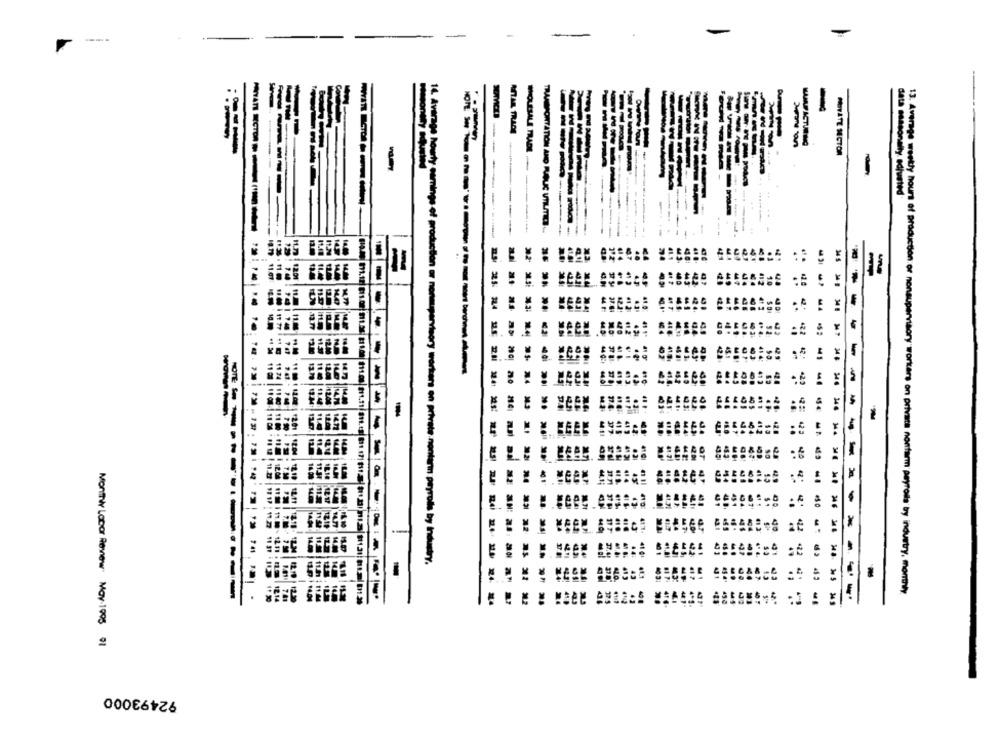
-
WYATT ECTO
MOUSSALE TRADE
KUVATE SECTOR
----
14. Average hourly caming
data seasonally adjusted'
--
---
-
-
TRANSPORTATION AND PUBLIC UTILITIES ...
=
s of production or ne
-----
----
34 8
422
42
-
---
private nonfarm payrolls by Industry,
NECK
:
13. Average weekly hours of production or nonsupervisory workers on privata nonfarm payrolls by industry, monthly
---
Monthly Lacar Review: May. 1995 01
92493000